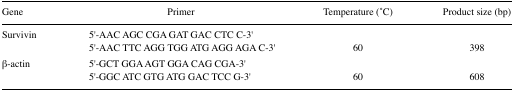
<table><thead><tr><td><b>Gene</b></td><td><b>Primer</b></td><td><b>Temperature (°C)</b></td><td><b>Product size (bp)</b></td></tr></thead><tbody><tr><td>Survivin</td><td>5′-AAC AGC CGA GAT GAC CTC C-3′</td><td></td><td></td></tr><tr><td></td><td>5′-AAC TTC AGG TGG ATG AGG AGA C-3′</td><td>60</td><td>398</td></tr><tr><td>β-actin</td><td>5′-GCT GGA AGT GGA CAG CGA-3′</td><td></td><td></td></tr><tr><td></td><td>5′-GGC ATC GTG ATG GAC TCC G-3′</td><td>60</td><td>608</td></tr></tbody></table>